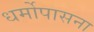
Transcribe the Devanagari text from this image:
धर्मोपासना